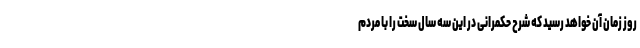
روز زمان آن خواهد رسید که شرح حکمرانی در این سه سال سخت را با مردم